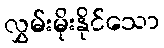
လွှမ်းမိုးနိုင်သော